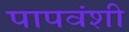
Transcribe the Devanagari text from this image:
पापवंशी